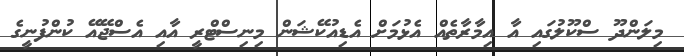
މިލަންދޫ ސްކޫލުގައި އާ އިމާރާތެއް އެޅުމަށް އެޑިއުކޭޝަން މިނިސްޓްރީ އާއި އެސްޖޭއޭ ކުންފުނީގެ